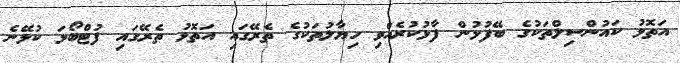
އަތޮޅު ކައުންސިލްތަކުގެ ބޭފުޅުން ފާޅުކުރެއްވި ހިޔާލުތަކުގެ ތެރޭގައި އަތޮޅު ތެރޭގައި ފުޓްބޯޅަ ކުޅޭނެ